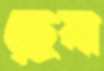
হ্রেষা